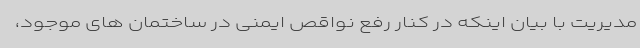
مدیریت با بیان اینکه در کنار رفع نواقص ایمنی در ساختمان های موجود،